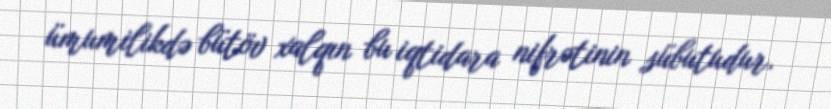
ümumilikdə bütöv xalqın bu iqtidara nifrətinin sübutudur.